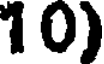
10)